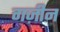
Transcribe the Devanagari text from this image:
गज़ीन